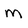
Character: m